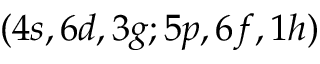
( 4 s , 6 d , 3 g ; 5 p , 6 f , 1 h )